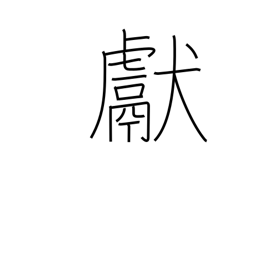
Meaning: show